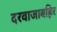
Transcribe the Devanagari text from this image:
दरवाजाबहिर